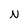
Character: N